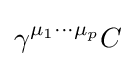
\gamma ^{\mu _{1}\cdots \mu _{p}}C